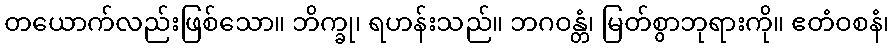
တယောက်လည်းဖြစ်သော။ ဘိက္ခု၊ ရဟန်းသည်။ ဘဂဝန္တံ၊ မြတ်စွာဘုရားကို။ ဧတံဝစနံ၊